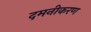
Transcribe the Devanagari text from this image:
दमनीकरण